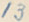
13